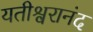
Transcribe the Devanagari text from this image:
यतीश्वरानंद